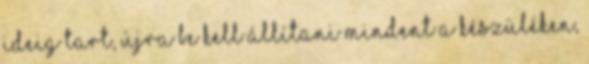
ideig tart, újra be kell állítani mindent a készüléken,